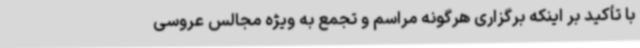
با تأکید بر اینکه برگزاری هرگونه مراسم و تجمع به ویژه مجالس عروسی